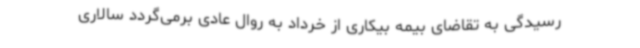
رسیدگی به تقاضای بیمه بیکاری از خرداد به روال عادی برمی‌گردد سالاری